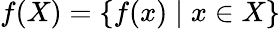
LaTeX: f(X)=\{ f(x)\mid x\in X\}